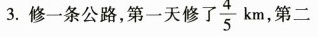
3.修-条公路，第一天修了 \frac{4}{5}km 第二